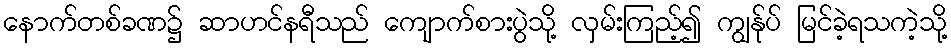
နောက်တစ်ခဏ၌ ဆာဟင်နရီသည် ကျောက်စားပွဲသို့ လှမ်းကြည့်၍ ကျွန်ုပ် မြင်ခဲ့ရသကဲ့သို့